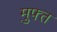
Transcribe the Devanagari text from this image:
म़ुफ्त